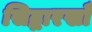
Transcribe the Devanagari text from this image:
सिद्धारखॉँ